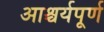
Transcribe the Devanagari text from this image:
आश्चर्यपूर्ण